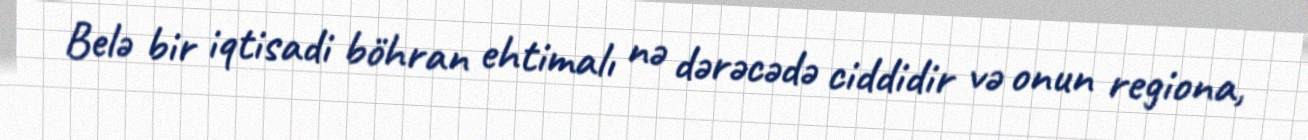
Belə bir iqtisadi böhran ehtimalı nə dərəcədə ciddidir və onun regiona,